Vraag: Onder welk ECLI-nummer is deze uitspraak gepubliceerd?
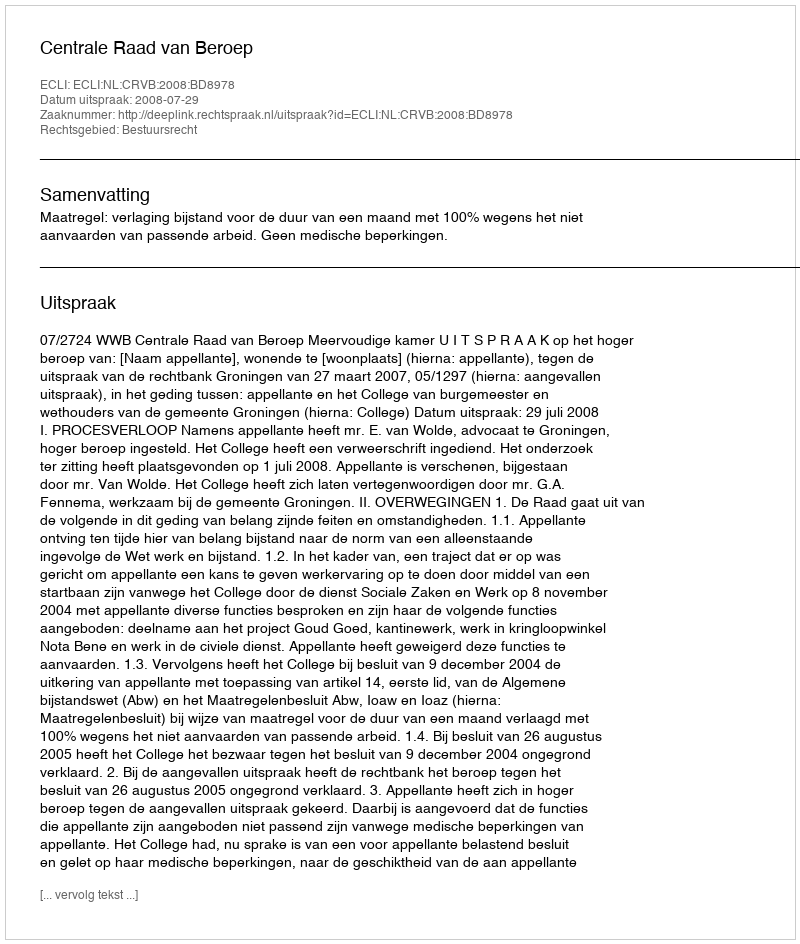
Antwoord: ECLI:NL:CRVB:2008:BD8978